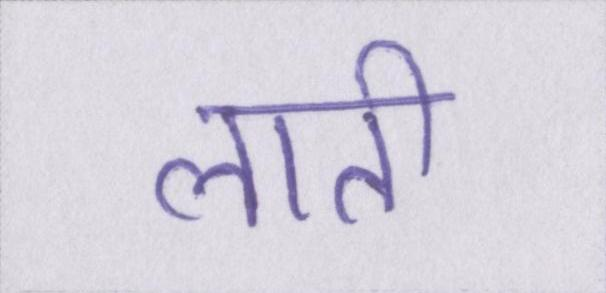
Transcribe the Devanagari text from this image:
लाती